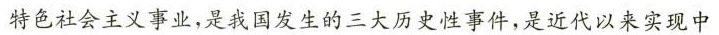
特色社会主义事业，是我国发生的三大历史性事件，是近代以来实现中